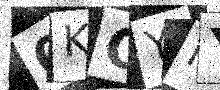
Text: 0KGYKY